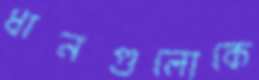
ধানগুলোকে